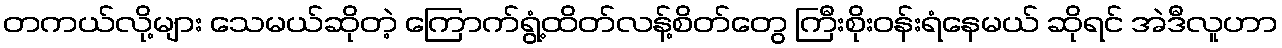
တကယ်လို့များ သေမယ်ဆိုတဲ့ ကြောက်ရွံ့ထိတ်လန့်စိတ်တွေ ကြီးစိုးဝန်းရံနေမယ် ဆိုရင် အဲဒီလူဟာ